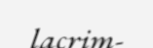
lacrim-